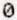
0